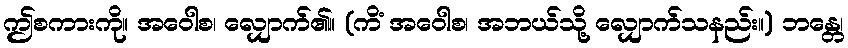
ဤစကားကို။ အဝေါစ၊ လျှောက်၏။ (ကိံ အဝေါစ၊ အဘယ်သို့ လျှောက်သနည်း။) ဘန္တေ၊